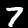
Label: 7